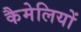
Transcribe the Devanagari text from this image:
कैमेलियों